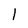
Character: l